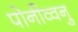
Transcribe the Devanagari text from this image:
पोनीव्वनु